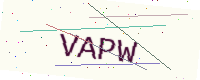
Text: VAPW